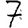
Digit: 7